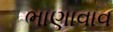
ભાણાવાવ